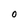
Character: O